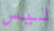
ليس